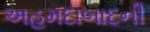
અહમદાબાદની